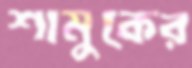
শামুকের